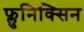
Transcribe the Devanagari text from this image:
फ्लुनिक्सिन